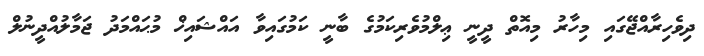
ދިވެހިރާއްޖޭގައި މިހާރު މިއޮތް ދީނީ ޢިލްމުވެރިކަމުގެ ބާނީ ކަމުގައިވާ އައްޝައިޚް މުޙައްމަދު ޖަމާލުއްދީނުލް